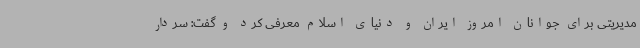
مدیریتی برای جوانان امروز ایران و دنیای اسلام معرفی کرد و گفت: سردار